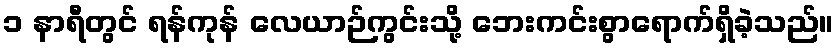
၁ နာရီတွင် ရန်ကုန် လေယာဉ်ကွင်းသို့ ဘေးကင်းစွာရောက်ရှိခဲ့သည်။